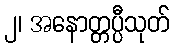
၂၊ အနောတ္တပ္ပီသုတ်